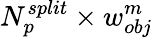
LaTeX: N_{p}^{split}\times w_{obj}^{m}